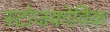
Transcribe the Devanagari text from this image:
स्टोजकोविक